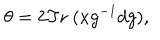
\theta = 2 \mathrm { T r } ~ ( x g ^ { - 1 } d g ) ,